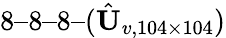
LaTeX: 8–8–8–(\hat{\textit{\textbf{U}}}_{v,104\times 104})